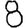
Digit: 8